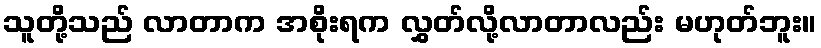
သူတို့သည် လာတာက အစိုးရက လွှတ်လို့လာတာလည်း မဟုတ်ဘူး။